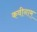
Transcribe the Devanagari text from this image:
कवीनाम्